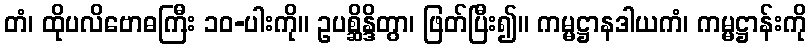
တံ၊ ထိုပလိဗောဓကြီး ၁၀-ပါးကို။ ဥပစ္ဆိန္ဒိတွာ၊ ဖြတ်ပြီး၍။ ကမ္မဋ္ဌာနဒါယကံ၊ ကမ္မဋ္ဌာန်းကို